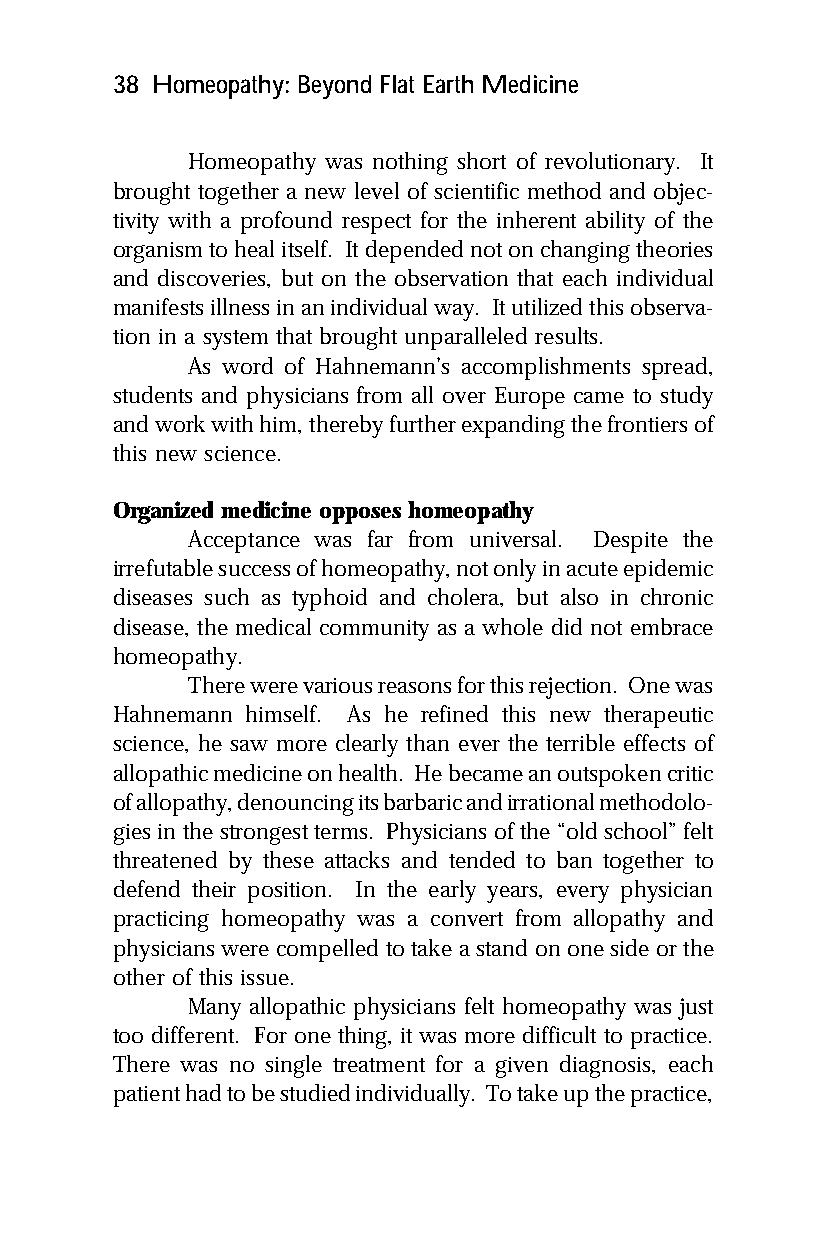
38 Homeopathy: Beyond Flat Earth Medicine
 Homeopathy was nothing short of revolutionary. It
 brought together a new level of scientific method and objec-
 tivity with a profound respect for the inherent ability of the
 organism to heal itself. It depended not on changing theories
 and discoveries, but on the observation that each individual
 manifests illness in an individual way. It utilized this observa-
 tion in a system that brought unparalleled results.
 As word of Hahnemann’s accomplishments spread,
 students and physicians from all over Europe came to study
 and work with him, thereby further expanding the frontiers of
 this new science.
 Organized medicine opposes homeopathy
 Acceptance was far from universal. Despite the
 irrefutable success of homeopathy, not only in acute epidemic
 diseases such as typhoid and cholera, but also in chronic
 disease, the medical community as a whole did not embrace
 homeopathy.
 There were various reasons for this rejection. One was
 Hahnemann himself. As he refined this new therapeutic
 science, he saw more clearly than ever the terrible effects of
 allopathic medicine on health. He became an outspoken critic
 of allopathy, denouncing its barbaric and irrational methodolo-
 gies in the strongest terms. Physicians of the “old school” felt
 threatened by these attacks and tended to ban together to
 defend their position. In the early years, every physician
 practicing homeopathy was a convert from allopathy and
 physicians were compelled to take a stand on one side or the
 other of this issue.
 Many allopathic physicians felt homeopathy was just
 too different. For one thing, it was more difficult to practice.
 There was no single treatment for a given diagnosis, each
 patient had to be studied individually. To take up the practice,